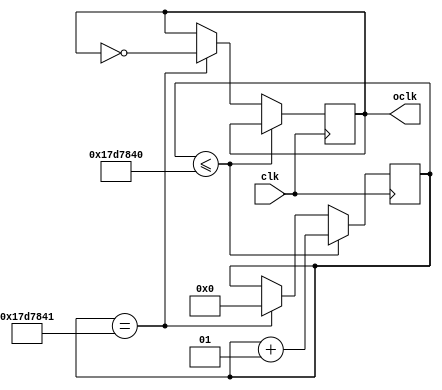
module division (oclk, clk);
input clk;
output oclk;
reg oclk;
integer i;								
always @ (posedge clk)
	if (i<=25000000)						
		begin
		i=i+1;
		oclk=oclk;
		end
	else if(i==25000001)					
		begin
		oclk=~oclk;
		i=0;
		end
endmodule